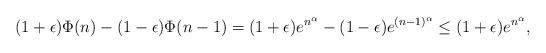
LaTeX: \begin{align*}(1+\epsilon) \Phi(n)-(1-\epsilon)\Phi(n-1)= (1+\epsilon)e^{n^\alpha} - (1-\epsilon)e^{(n-1)^\alpha} \leq (1+\epsilon)e^{n^\alpha},\end{align*}